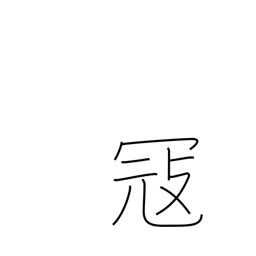
Meaning: feud